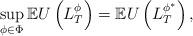
LaTeX: \begin{align*}\sup_{\phi\in\Phi}\mathbb{E}U\left(L_T^{\phi}\right)=\mathbb{E}U\left(L_T^{{\phi}^*}\right),\end{align*}